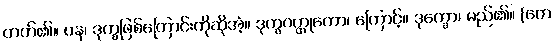
တတ်၏။ ပန၊ ဒုက္ခဖြစ်ကြောင်းကိုဆိုအံ့။ ဒုက္ခဝတ္ထုတော၊ ကြောင့်။ ဒုက္ခော၊ မည်၏။ (တေ